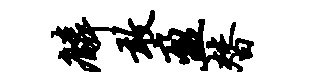
麟敢盈替